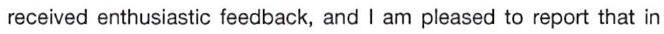
received enthusiastic feedback, and I am pleased to report that in